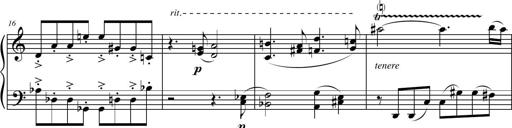
Title: Petite Sonatine
Composer: Richard St. Clair